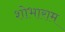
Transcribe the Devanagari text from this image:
शोभाराम